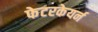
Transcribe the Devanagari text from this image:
फेटरकेयर्न